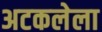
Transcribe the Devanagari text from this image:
अटकलेला